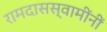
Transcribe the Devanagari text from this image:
रामदासस्वामींनीं